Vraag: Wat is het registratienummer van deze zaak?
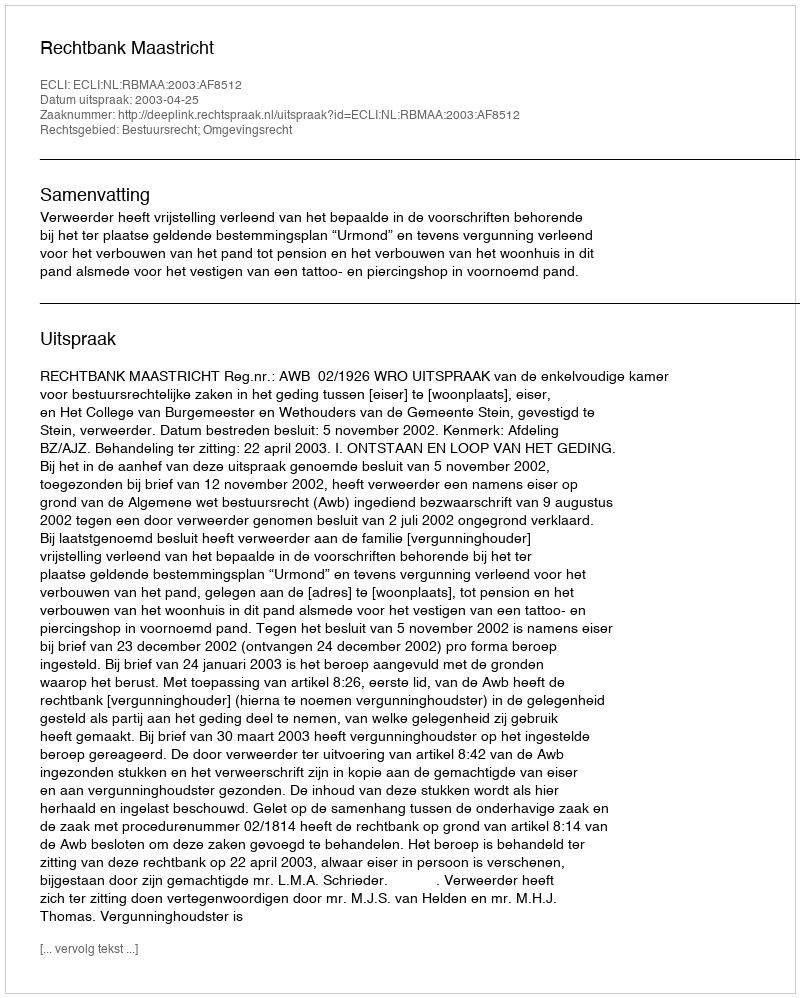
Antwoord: http://deeplink.rechtspraak.nl/uitspraak?id=ECLI:NL:RBMAA:2003:AF8512